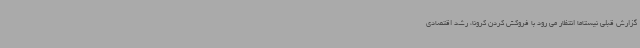
گزارش قبلی نیستاما انتظار می رود با فروکش کردن کرونا، رشد اقتصادی